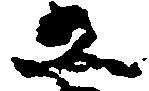
五